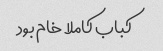
کباب کاملا خام بود